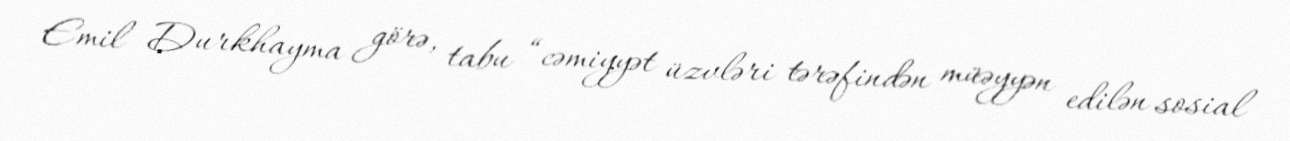
Emil Durkhayma görə, tabu “cəmiyyət üzvləri tərəfindən müəyyən edilən sosial